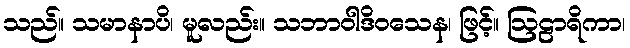
သည်။ သမာနာပိ၊ မူလည်း။ သဘာဝါဒိဝသေန၊ ဖြင့်။ ဩဠာရိကာ၊